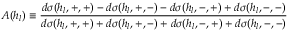
A ( h _ { l } ) \equiv \frac { d \sigma ( h _ { l } , + , + ) - d \sigma ( h _ { l } , + , - ) - d \sigma ( h _ { l } , - , + ) + d \sigma ( h _ { l } , - , - ) } { d \sigma ( h _ { l } , + , + ) + d \sigma ( h _ { l } , + , - ) + d \sigma ( h _ { l } , - , + ) + d \sigma ( h _ { l } , - , - ) }